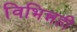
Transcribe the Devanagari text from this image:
विभिन्नही